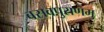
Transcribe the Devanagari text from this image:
बसवपुराणमु